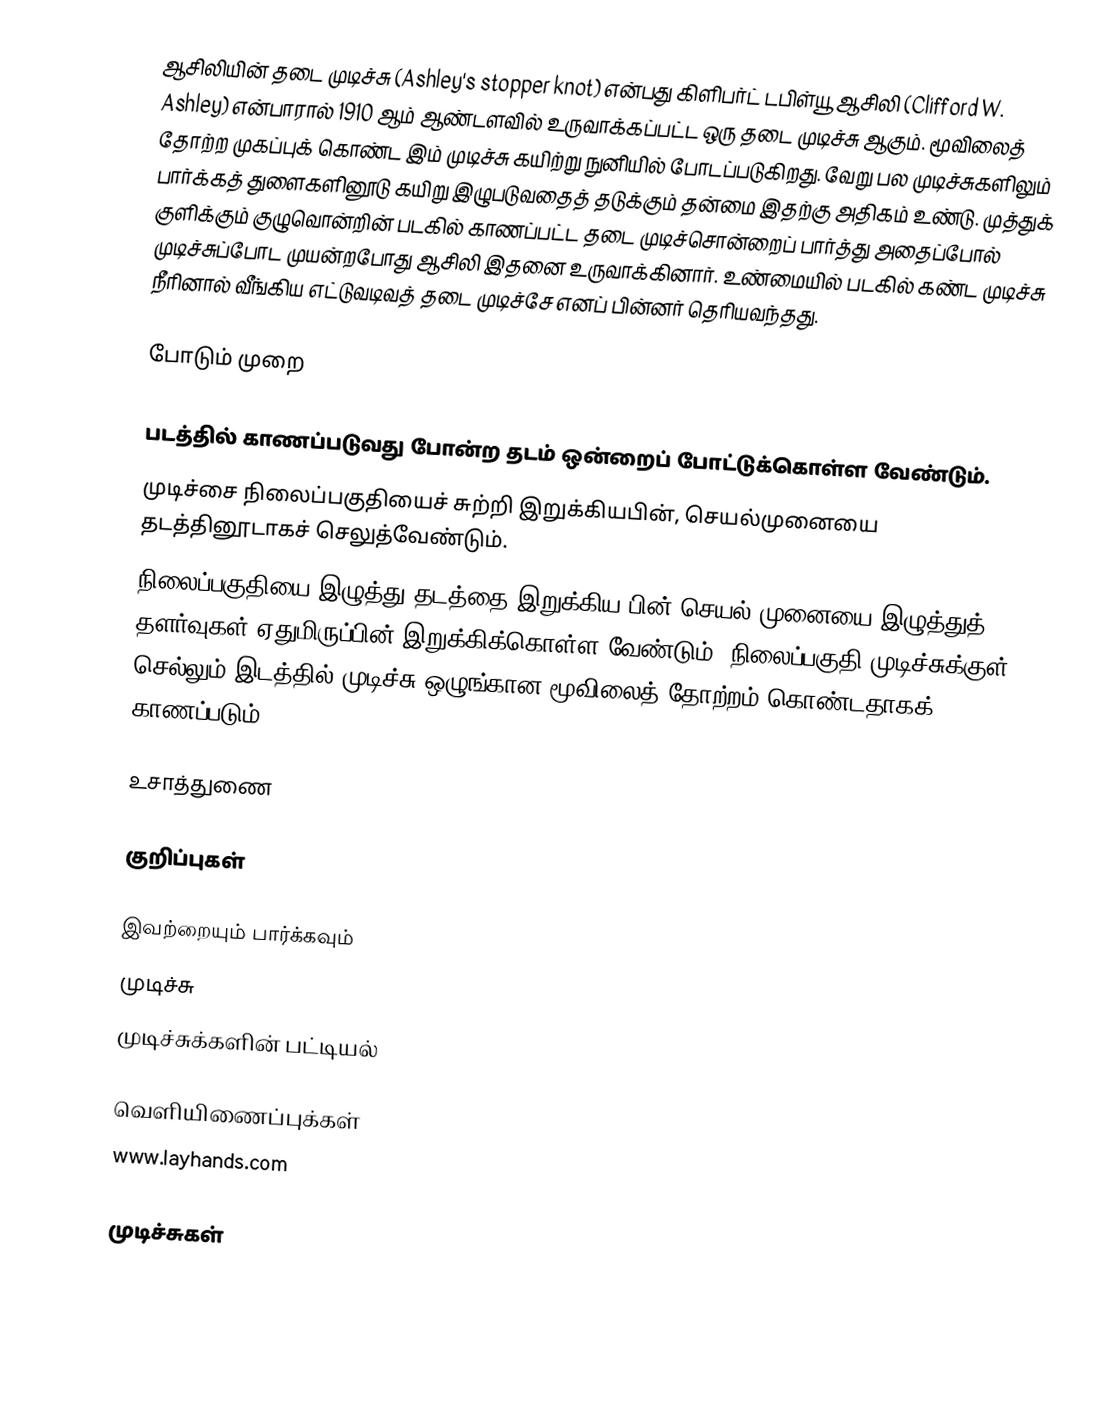
ஆசிலியின் தடை முடிச்சு (Ashley's stopper knot) என்பது கிளிபர்ட் டபிள்யூ ஆசிலி (Clifford W. Ashley) என்பாரால் 1910 ஆம் ஆண்டளவில் உருவாக்கப்பட்ட ஒரு தடை முடிச்சு ஆகும். மூவிலைத் தோற்ற முகப்புக் கொண்ட இம் முடிச்சு கயிற்று நுனியில் போடப்படுகிறது. வேறு பல முடிச்சுகளிலும் பார்க்கத் துளைகளினூடு கயிறு இழுபடுவதைத் தடுக்கும் தன்மை இதற்கு அதிகம் உண்டு. முத்துக் குளிக்கும் குழுவொன்றின் படகில் காணப்பட்ட தடை முடிச்சொன்றைப் பார்த்து அதைப்போல் முடிச்சுப்போட முயன்றபோது ஆசிலி இதனை உருவாக்கினார். உண்மையில் படகில் கண்ட முடிச்சு நீரினால் வீங்கிய எட்டுவடிவத் தடை முடிச்சே எனப் பின்னர் தெரியவந்தது.

போடும் முறை

 படத்தில் காணப்படுவது போன்ற தடம் ஒன்றைப் போட்டுக்கொள்ள வேண்டும்.
 முடிச்சை நிலைப்பகுதியைச் சுற்றி இறுக்கியபின், செயல்முனையை தடத்தினூடாகச் செலுத்வேண்டும்.
 நிலைப்பகுதியை இழுத்து தடத்தை இறுக்கிய பின் செயல் முனையை இழுத்துத் தளர்வுகள் ஏதுமிருப்பின் இறுக்கிக்கொள்ள வேண்டும். நிலைப்பகுதி முடிச்சுக்குள் செல்லும் இடத்தில் முடிச்சு ஒழுங்கான மூவிலைத் தோற்றம் கொண்டதாகக் காணப்படும்.

உசாத்துணை

குறிப்புகள்

இவற்றையும் பார்க்கவும்
 முடிச்சு
 முடிச்சுக்களின் பட்டியல்

வெளியிணைப்புக்கள்
 www.layhands.com

முடிச்சுகள்